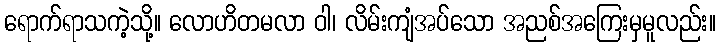
ရောက်ရာသကဲ့သို့။ လောဟိတမလာ ဝါ၊ လိမ်းကျံအပ်သော အညစ်အကြေးမှမူလည်း။